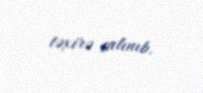
təxirə salınıb.